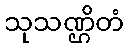
သုသဏ္ဌိတံ